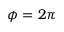
\phi = 2 \pi